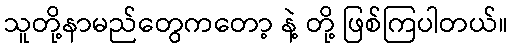
သူတို့နာမည်တွေကတော့ နဲ့ တို့ ဖြစ်ကြပါတယ်။